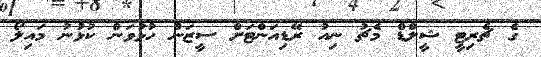
ގެ ޗެރިޓީ ޝީލްޑް މެޗު ނިއު ރޭޑިއަންޓަށް ސީޒަން ހުޅުވަން ކުޅުނު މައިލޯ